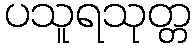
ပသူရသုတ္တ